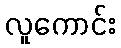
လူကောင်း